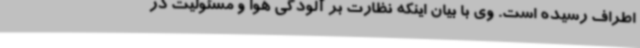
اطراف رسیده است. وی با بیان اینکه نظارت بر آلودگی هوا و مسئولیت در